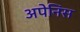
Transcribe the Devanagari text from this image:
अपेनिंस